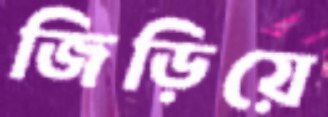
জিড়িয়ে